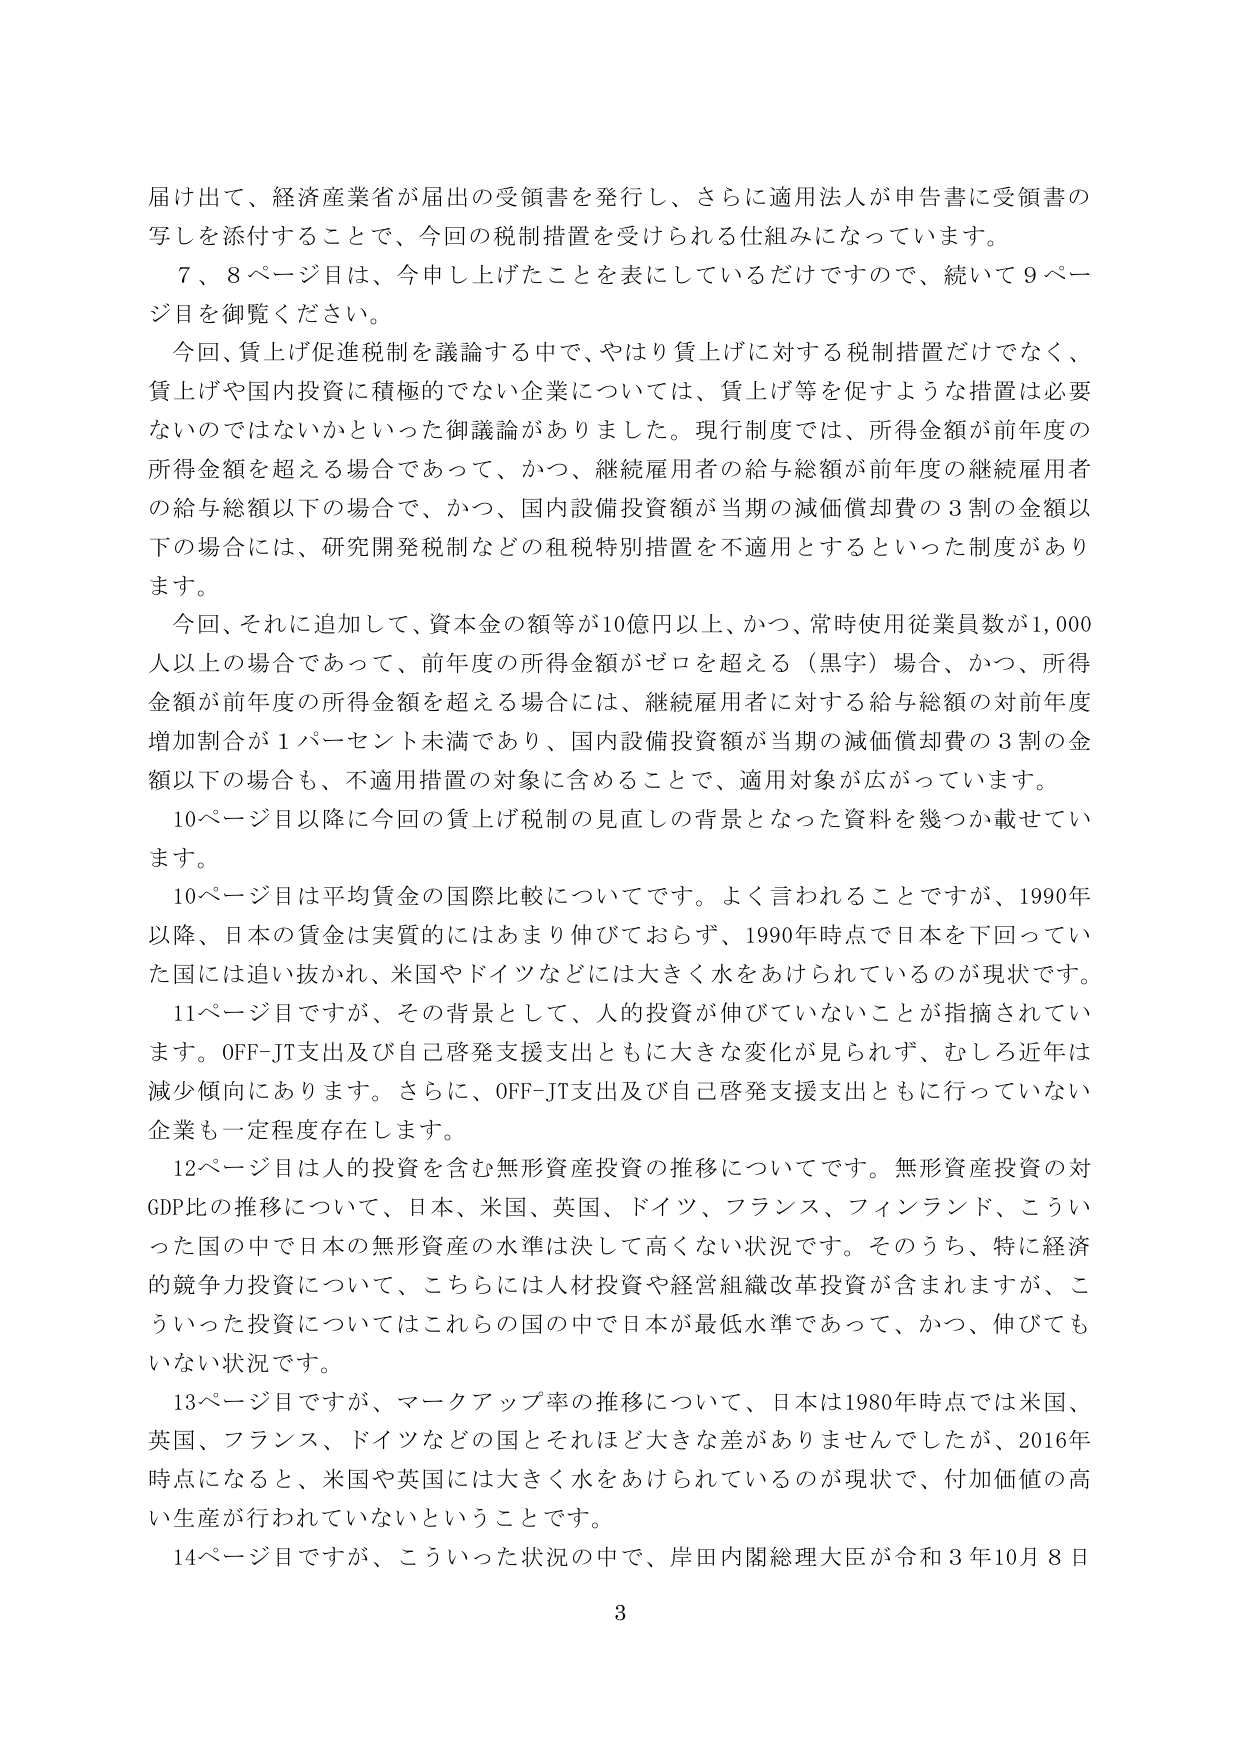
届け出て、経済産業省が届出の受領書を発行し、さらに適用法人が申告書に受領書の写しを添付することで、今回の税制措置を受けられる仕組みになっています。

７、８ページ目は、今申し上げたことを表にしているだけですので、続いて９ページ目を御覧ください。

今回、賃上げ促進税制を議論する中で、やはり賃上げに対する税制措置だけでなく、賃上げや国内投資に積極的でない企業については、賃上げ等を促すような措置は必要ないのではないかといった御議論がありました。現行制度では、所得金額が前年度の所得金額を超える場合であって、かつ、継続雇用者の給与総額が前年度の継続雇用者の給与総額以下の場合で、かつ、国内設備投資額が当期の減価償却費の３割の金額以下の場合には、研究開発税制などの租税特別措置を不適用とするといった制度があります。

今回、それに追加して、資本金の額等が10億円以上、かつ、常時使用従業員数が1,000人以上の場合であって、前年度の所得金額がゼロを超える（黒字）場合、かつ、所得金額が前年度の所得金額を超える場合には、継続雇用者に対する給与総額の対前年度増加割合が１パーセント未満であり、国内設備投資額が当期の減価償却費の３割の金額以下の場合も、不適用措置の対象に含めることで、適用対象が広がっています。

10ページ目以降に今回の賃上げ税制の見直しの背景となった資料を幾つか載せています。

10ページ目は平均賃金の国際比較についてです。よく言われることですが、1990年以降、日本の賃金は実質的にはあまり伸びておらず、1990年時点で日本を下回っていた国には追い抜かれ、米国やドイツなどには大きく水をあけられているのが現状です。

11ページ目ですが、その背景として、人的投資が伸びていないことが指摘されています。OFF-JT支出及び自己啓発支援支出ともに大きな変化が見られず、むしろ近年は減少傾向にあります。さらに、OFF-JT支出及び自己啓発支援支出ともに行っていない企業も一定程度存在します。

12ページ目は人的投資を含む無形資産投資の推移についてです。無形資産投資の対GDP比の推移について、日本、米国、英国、ドイツ、フランス、フィンランド、こういった国の中で日本の無形資産の水準は決して高くない状況です。そのうち、特に経済的競争力投資について、こちらには人材投資や経営組織改革投資が含まれますが、こういった投資についてはこれらの国の中で日本が最低水準であって、かつ、伸びてもいない状況です。

13ページ目ですが、マークアップ率の推移について、日本は1980年時点では米国、英国、フランス、ドイツなどの国とそれほど大きな差がありませんでしたが、2016年時点になると、米国や英国には大きく水をあけられているのが現状で、付加価値の高い生産が行われていないということです。

14ページ目ですが、こういった状況の中で、岸田内閣総理大臣が令和３年10月８日

3